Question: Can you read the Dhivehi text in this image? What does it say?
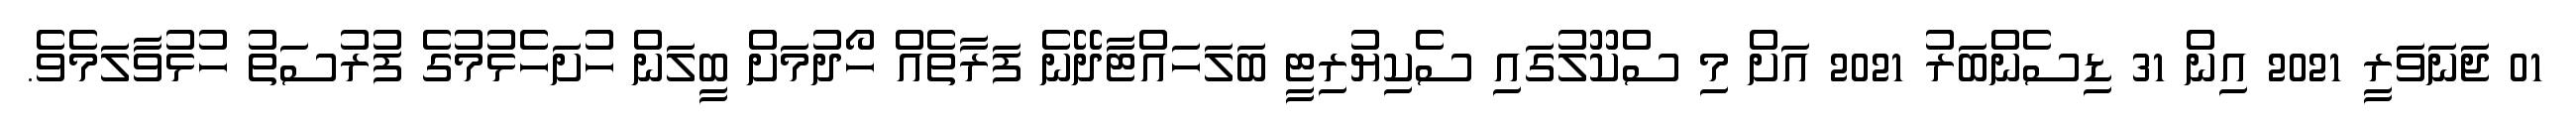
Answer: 01 ޖަނަވަރީ 2021 އިން 31 ޑިސެންބަރު 2021 އަށް މި ސްކޫލުގައި ސެކިޔުރިޓީ ބަލަހައްޓާދޭނެ ފަރާތެއް ހޯދުމަށް ބީލަން ހުށަހެޅުމުގެ ފުރުސަތު ހުޅުވާލަމެވެ.